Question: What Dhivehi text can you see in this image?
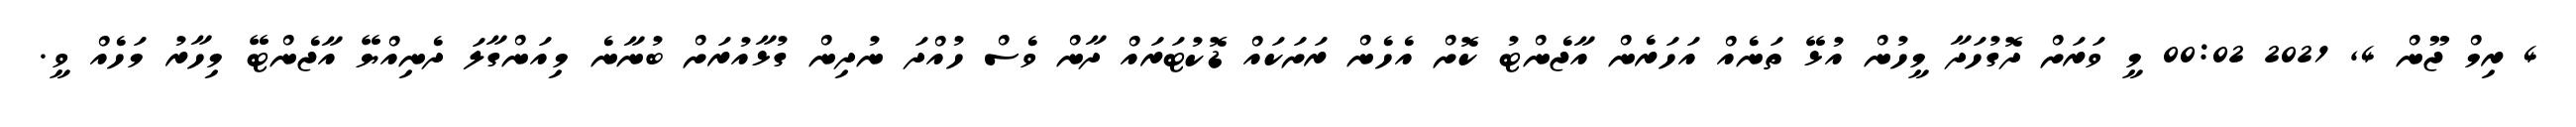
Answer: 4 ރިމް ޖޫން 4, 2021 00:02 މީ ވަރަށް ދޮގުހަދާ މީހުން އުޅޭ ތަނެއް އަހަރެން އާޖެންޓު ކޮށް އެހެން ރަށަކައް ޑޮކުޓަރައް ދާން ވެސް ހުއްދަ ނުދިން ގުޅާއުރަށް ބުނާނެ މިއަންގާލަ ދެނިއްޔޭ އާޖެންޓޭ މިހާރު މަހެއް ވީ.